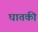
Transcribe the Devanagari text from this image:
घातकी